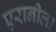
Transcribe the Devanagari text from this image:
एरानीला